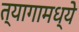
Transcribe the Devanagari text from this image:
त्यागामध्ये